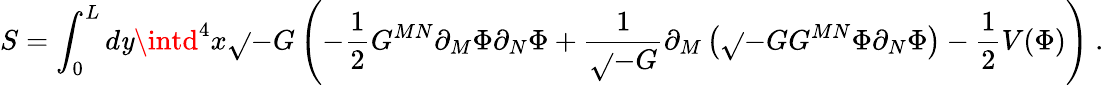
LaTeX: S=\int_{0}^{L}d\mathit{y}\intd^{4}x\sqrt{}{{-G}}\left(-\frac{{1}}{{2}}G^{MN}\partial_{M}\Phi\partial_{N}\Phi+\frac{{1}}{{\sqrt{}{{-G}}}}\partial_{M}\left(\sqrt{}{{-G}}G^{MN}\Phi\partial_{N}\Phi\right)-\frac{{1}}{{2}}V(\Phi)\right)\ .